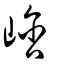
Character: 㟏